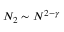
N _ { 2 } \sim N ^ { 2 - \gamma }